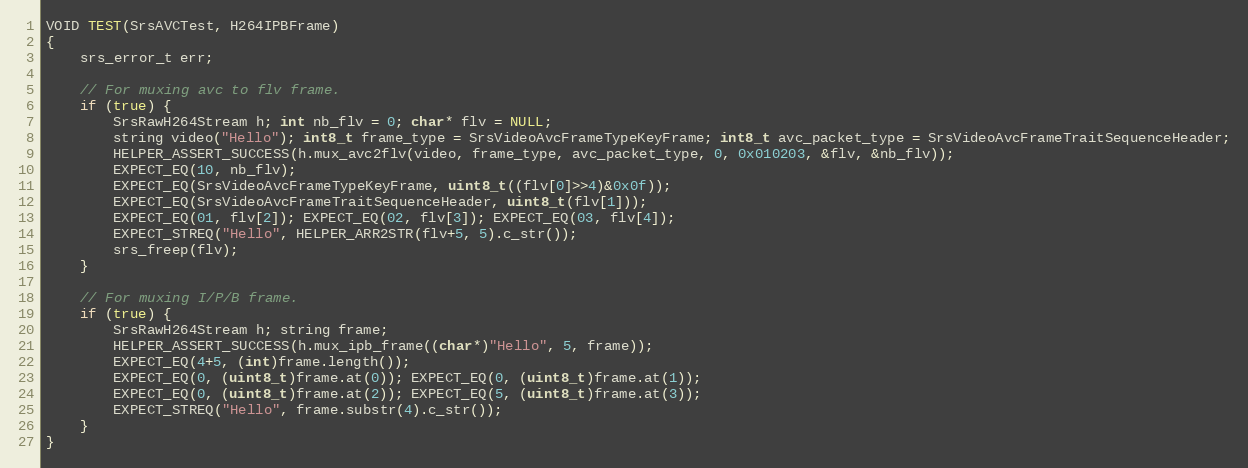
Language: C++
VOID TEST(SrsAVCTest, H264IPBFrame)
{
    srs_error_t err;

    // For muxing avc to flv frame.
    if (true) {
        SrsRawH264Stream h; int nb_flv = 0; char* flv = NULL;
        string video("Hello"); int8_t frame_type = SrsVideoAvcFrameTypeKeyFrame; int8_t avc_packet_type = SrsVideoAvcFrameTraitSequenceHeader;
        HELPER_ASSERT_SUCCESS(h.mux_avc2flv(video, frame_type, avc_packet_type, 0, 0x010203, &flv, &nb_flv));
        EXPECT_EQ(10, nb_flv);
        EXPECT_EQ(SrsVideoAvcFrameTypeKeyFrame, uint8_t((flv[0]>>4)&0x0f));
        EXPECT_EQ(SrsVideoAvcFrameTraitSequenceHeader, uint8_t(flv[1]));
        EXPECT_EQ(01, flv[2]); EXPECT_EQ(02, flv[3]); EXPECT_EQ(03, flv[4]);
        EXPECT_STREQ("Hello", HELPER_ARR2STR(flv+5, 5).c_str());
        srs_freep(flv);
    }

    // For muxing I/P/B frame.
    if (true) {
        SrsRawH264Stream h; string frame;
        HELPER_ASSERT_SUCCESS(h.mux_ipb_frame((char*)"Hello", 5, frame));
        EXPECT_EQ(4+5, (int)frame.length());
        EXPECT_EQ(0, (uint8_t)frame.at(0)); EXPECT_EQ(0, (uint8_t)frame.at(1));
        EXPECT_EQ(0, (uint8_t)frame.at(2)); EXPECT_EQ(5, (uint8_t)frame.at(3));
        EXPECT_STREQ("Hello", frame.substr(4).c_str());
    }
}